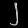
Digit: ၂